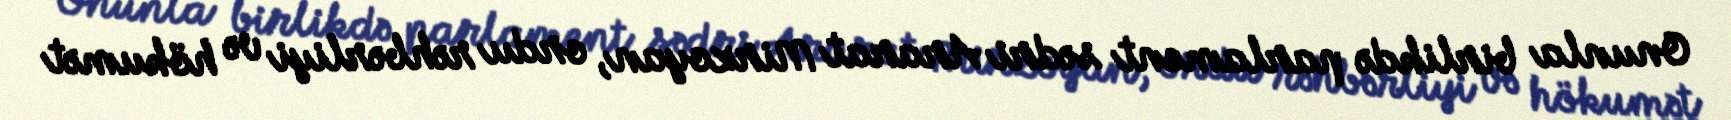
Onunla birlikdə parlament sədri Ararat Mirzoyan, ordu rəhbərliyi və hökumət